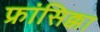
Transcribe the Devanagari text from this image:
फ्रांसिक्का